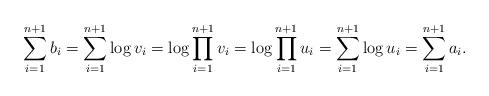
LaTeX: \begin{align*}\sum_{i=1}^{n+1} b_i = \sum_{i=1}^{n+1} \log v_i = \log\prod_{i=1}^{n+1} v_i = \log\prod_{i=1}^{n+1} u_i = \sum_{i=1}^{n+1} \log u_i = \sum_{i=1}^{n+1} a_i.\end{align*}